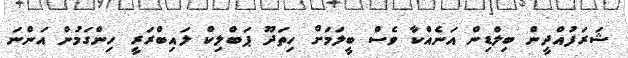
ޝަރަފުއްދީން ބިލްޑިން އަނެއްކާ ވެސް ބީލަމަށް ހިތަދޫ ޕަބްލިކް ލައިބްރަރީ ހިންގަމުން އަންނަ